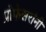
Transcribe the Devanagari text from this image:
प्रोफेसरांनी